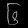
Digit: ၆